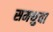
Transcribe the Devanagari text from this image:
समथुवा